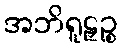
အဘိရူဠှဉ္စ